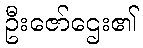
ဦးဇော်ဌေး၏